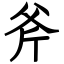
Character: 斧